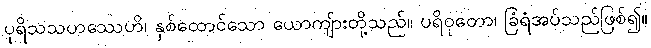
ပုရိသသဟဿေဟိ၊ နှစ်ထောင်သော ယောကျ်ားတို့သည်။ ပရိဝုတော၊ ခြံရံအပ်သည်ဖြစ်၍။